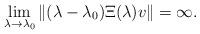
LaTeX: \begin{align*}\lim_{\lambda\to\lambda_0}\|(\lambda-\lambda_0)\Xi(\lambda)v\|=\infty.\end{align*}